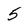
Character: 5